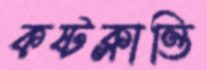
কষ্টক্লান্তি